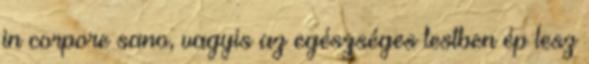
in corpore sano, vagyis az egészséges testben ép lesz